Report of the Municipal Commissioner on the plague in Bombay for the year ending 31st May... - Volume 1
Disease focus: Plague
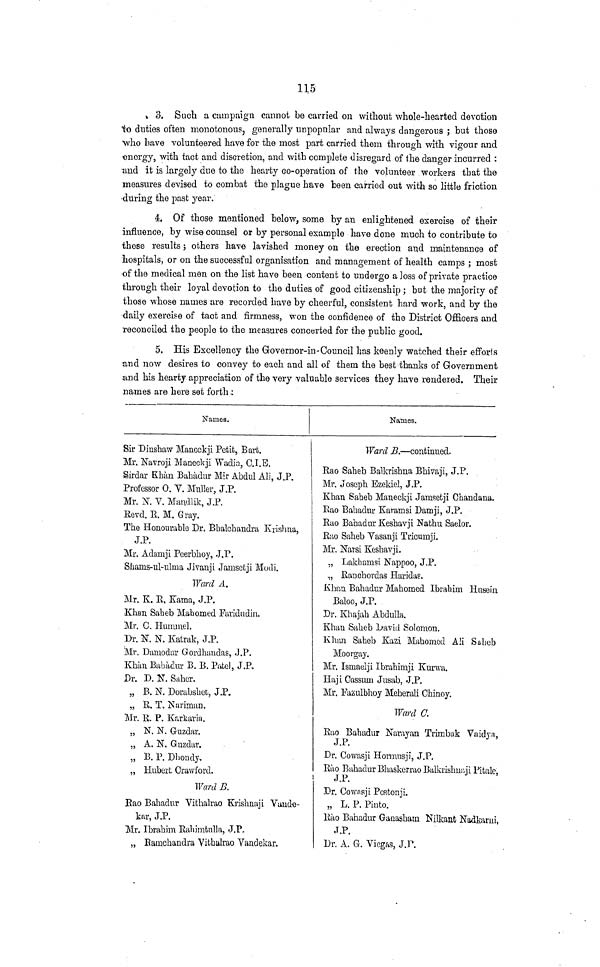
115
3. Such a campaign cannot be carried on without whole-hearted devotion
to duties often monotonous, generally unpopular and always dangerous ; but those
who have volunteered have for the most part carried them through with vigour and
on orgy, with tact and discretion, and with complete disregard of the danger incurred :
and it is largely due to the hearty co-operation of the volunteer workers that the
measures devised to combat the plague have been carried out with so little friction
during the past year.
4. Of those mentioned below, some by an enlightened exercise of then-
influence, by wise counsel or by personal example have done much to contribute to
these results; others have lavished money on the erection and maintenance of
hospitals, or on the successful organisation and management of health camps ; most
of the medical men on the list have been content to undergo a loss of private practice
through their loyal devotion to the duties of good citizenship; but the majority of
those whose names are recorded have by cheerful, consistent hard work, and by the
daily exercise of tact and firmness, won the confidence of the District Officers and
reconciled the people to the measures concerted for the public good.
5. His Excellency the Governor-in-Council has keenly watched their efforts
and now desires to convey to each and all of them the best thanks of Government
and his hearty appreciation of the very valuable services they have rendered. Their
names are here set forth:
Names.
Sir Diushaw Maneckji Petit, Bart.
Mr. Navroji Maneckji Wadia, C.I.E.
Sirdar Khàn Bahadur Mir Abdul Ali, J.P.
Professor O. V. Muller, J.P.
Mr. N. V. Maudlik, J.P.
Revd. R. M. Gray.
The Honourable Dr. Bbalchandra Krishna,
J.P.
Mr. Adamji Peerbhoy, J.P.
Shams-ul-ulma Jivanji Jamsetji Modi.
Ward A.
Mr. K. E. Kama, J.P.
Khan Sabeb Mahomed Faridudin.
Mr. C, Hummel.
"Dr. N. N. Katrak, J.P.
Mr. Dumodiir Gordhandas, J.P.
Khan Bahadur B. B. Patel, J.P,
Dr. D. N. Sahcr.
„ B. N. Dorabshct, J.P.
„ E. T. Narirmin.
Mr. E. P. Karkaria.
„ N. N. G-uzdar.
„ A. N. Guzdar.
„ B. P. Dliondy.
„ Hubert Crawford,
Ward B.
Rao Bahadur Yithalrao Krishnaji Vande-
kar, J.P.
Mr. Ibrahim Rahimtulla, J.P.
„ Eamchandra Vithalrao Vandekar,
Names.
Ward B. — contiuued.
Rao Saheb Balkrishna Bhivaji, J.P.
Mr. Joseph Ezekicl, J.P.
Khan Sabeb Maueckji Jamsetji Ghandana.
Rao Bahadur Karamsi Damji, J.P.
Rao Bahadur Keshavji Nathu Saelor.
Rao Saheb Yasanji Tricumji.
Mr. Narsi Keshavji.
„ Lakhamsi Nappoo, J.P.
„ Ranchordas Haridas.
Khan Bahadur Mahomed Ibrahim Husein
Baloo, J.P.
Dr. Khajab Abdulla.
Khan Saheb David Solomon.
Khan Saheb Kazi Mahomed Ali Saheb
Moorgay.
Mr. Ismaelji Ibrahimji Kurwa.
Haji Cassum Jusab, J.P.
Mr. Pazulbhoy Meherali Chinoy.
Ward C.
Rao Bahadur Nurayan Trimbak Vaidya,
J.P.
Dr. Cowasji Hormusji, J.P.
Rao Bahadur Bhaskerrao Balkrishnaji Pitale,
J.P.
Dr. Cowasji Postonji.
„ L. P. Pinto.
Rao Bahadur Ganasham Nilkant Nadkarui,
J.P.
Dr. A. G. Viegas, J.P.